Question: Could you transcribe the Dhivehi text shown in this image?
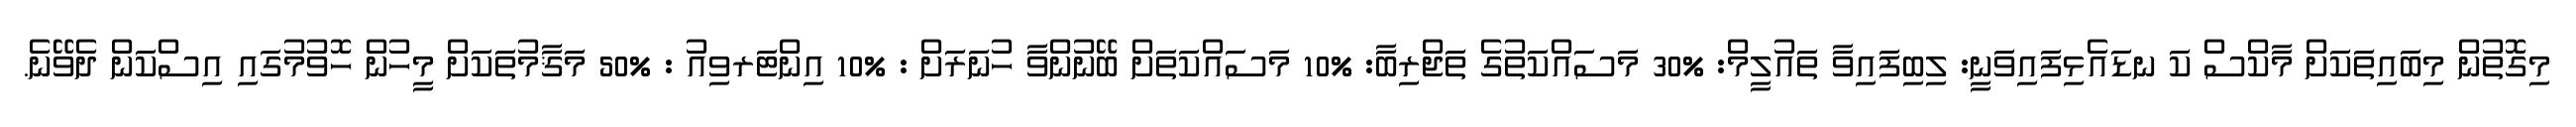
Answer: މިގޮތުން މިބައިތަކަށް މާކްސް ކަ ނޑައެޅިފައިވަނީ: ލިބިފައިވާ ތައުލީމް: %30 މަސައްކަތުގެ ތަޖްރިބާ: %10 މަސައްކަތަށް ބޭނުންވާ ހުނަރަށް : %10 އިންޓަރވިއު : %50 މަޤާމުތަކަށް މީހުން ހޮވުމުގައި އިސްކަން ދެވޭނެ.